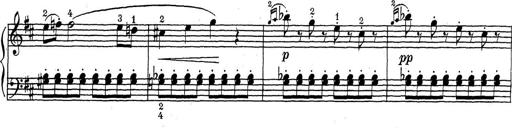
Title: ÄŒeskÃ© Sonatiny
Composer: Various